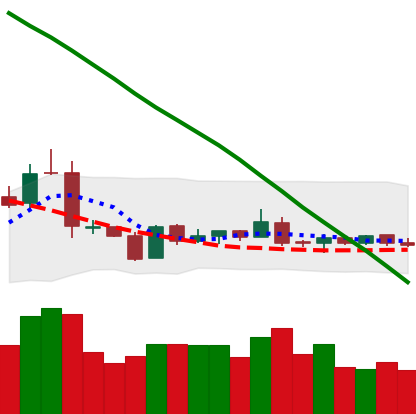
Ticker: NEO-USD
Chart end date: 2019-01-26
Forward return: -7.999%
Label: down_7plus